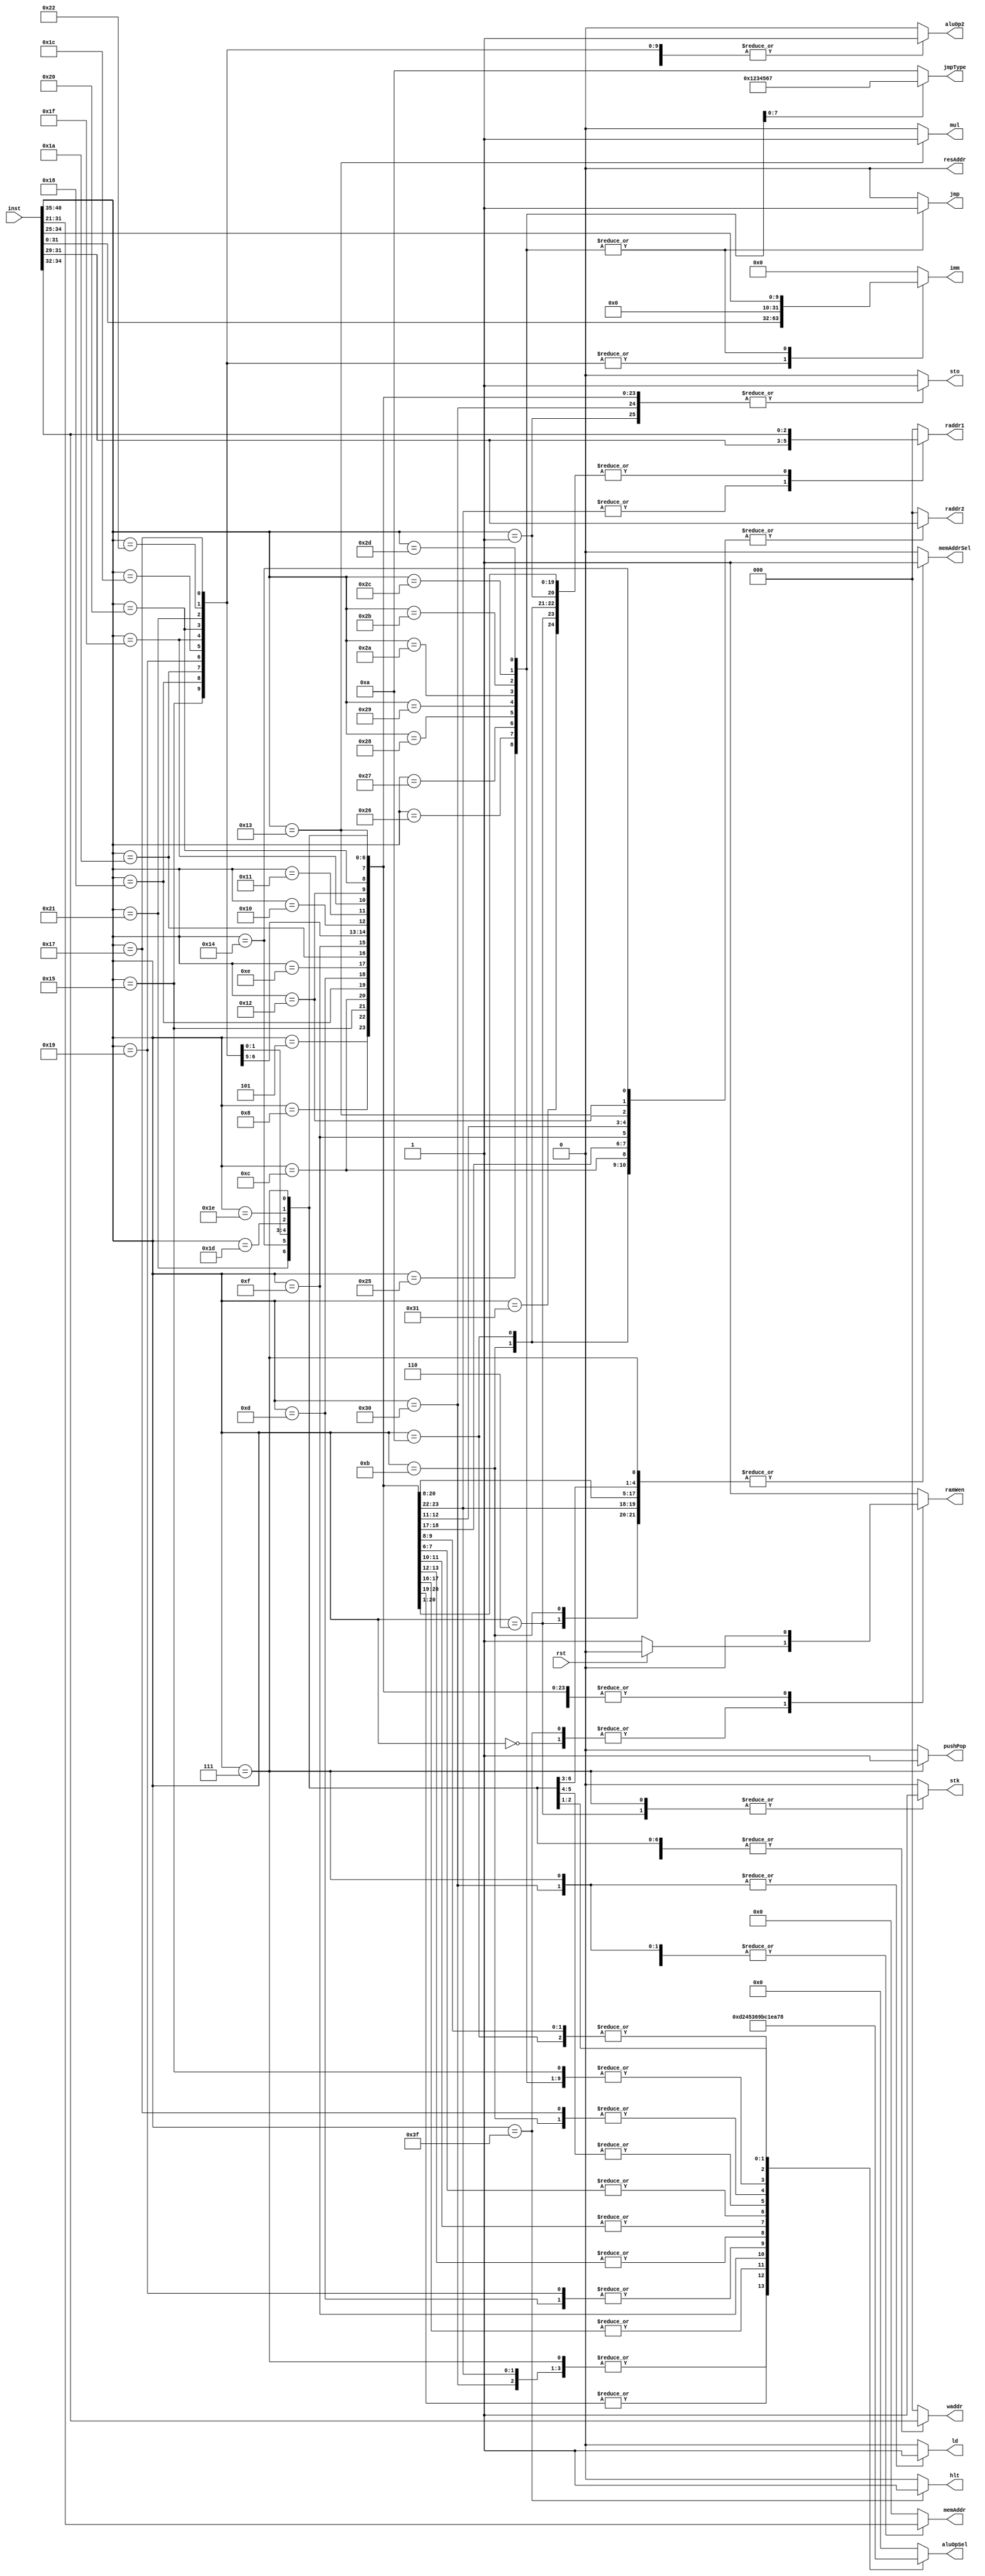
// Omar Tarek Amer
// Control Unit

module ctrl (
    input rst,
    input  [40:0] inst,
    output reg [2:0] waddr,
    output reg [2:0] raddr1,
    output reg [2:0] raddr2,
    output reg [3:0]  aluOpSel,
    output reg        aluOp2,
    output reg [31:0] imm,
    output reg memAddrSel,
    output reg [10:0] memAddr,
    output reg stk,
    output reg ramWen,
    output reg resAddr,
    output reg ld,
    output reg sto,
    output reg pushPop,
    output reg jmp,
    output reg [3:0] jmpType,
    output reg hlt,
    output reg mul
    );


// ALU Operations:
`define aluNOT    0
`define aluAND    1
`define aluOR     2
`define aluXOR    3
`define aluXNOR   4
`define aluNOR    5
`define aluNAND   6
`define aluSLL    7
`define aluSRL    8
`define aluADD    9
`define aluSUB   10
`define aluMUL   11
`define aluDIV   12
`define aluPASS  13
`define aluPASSB 14

// ALU Operands
`define DB  1'b0
`define IMM 1'b1


// DEFINETIONS

`define READ 0
`define WRITE 1

`define OPCODE      inst[40:35]
`define OP1         inst[34:32]
`define OP2         inst[31:29]
`define immFromInst inst[31:0]

// Opcodes

`define NOP  6'b000000
`define NOT  6'b000001
`define INC  6'b000010
`define DEC  6'b000011
`define IN   6'b000100
`define OUT  6'b000101
`define SLL  6'b011101
`define SRL  6'b011110


`define PUSH 6'b000110
`define POP  6'b000111


`define MOV   6'b001000
`define CMP   6'b001010
`define AND   6'b001011
`define OR    6'b001100
`define XOR   6'b001101
`define XNOR  6'b001110
`define NOR   6'b001111
`define NAND  6'b010000
`define ADD   6'b010001
`define SUB   6'b010010
`define MUL   6'b010011
`define DIV   6'b010100

`define MOVI  6'b010101
`define ORI   6'b011000
`define XORI  6'b011001
`define XNORI 6'b011010
`define NORI  6'b011011
`define NANDI 6'b011100
`define ADDI  6'b011111
`define SUBI  6'b100000
`define MULI  6'b100001
`define DIVI  6'b100010
`define ANDI  6'b010111


`define LD   6'b110000
`define ST   6'b110001

`define JMP  6'b100101
`define JZ   6'b100110
`define JNZ  6'b100111
`define JEQ  6'b101000
`define JNEQ 6'b101001
`define JG   6'b101010
`define JL   6'b101011
`define JGE  6'b101100
`define JLE  6'b101101


`define ZERO          0
`define NOTZERO       1
`define EQUAL         2
`define NOTEQUAL      3
`define GREATER       4
`define LESS          5
`define GREATEQUAL    6
`define LESSEQUAL     7
`define CARRY         8
`define NOTCARRY      9
`define UNCONDITIONAL 10

`define HLT 6'b111111

// LOGIC
always @(*) begin
        waddr = 0;
        raddr1 = 0;
        raddr2 = 0;
        aluOpSel = 0;
        aluOp2 = 0;
        imm = 0;
        sto = 0 ;
        memAddrSel = 0;
        memAddr = 11'b0;
        stk = 0;
        ramWen = 1;
        resAddr = 0;
        ld = 0;
        pushPop = 0;
        jmp = 0;
        jmpType = `UNCONDITIONAL;
        hlt = 0;
        mul = 0;
    if(rst) begin
        $display("RESETTING CTRL UNIT");
        waddr = 0;
        raddr1 = 0;
        raddr2 = 0;
        aluOpSel = 0;
        aluOp2 = 0;
        imm = 0;
        sto = 0 ;
        memAddrSel = 0;
        memAddr = 11'b0;
        stk = 0;
        ramWen = 0;
        resAddr = 0;
        ld = 0;
        pushPop = 0;
    end
    case (`OPCODE)
    `NOP: begin
        $display("NOP");
    end

    `HLT: begin
        $display("EXECUTION HALTED.");
        hlt = 1'b1;
    end

    `NOT: begin
        $display("NOT | SRC/DST: REG ", `OP1);
        waddr = `OP1;
        raddr1 = `OP1;
        aluOpSel = `aluNOT;
        sto = 1'b1;
        memAddrSel = 0;
        memAddr = 11'b0;
        stk = 0;
        ramWen = 0;
        resAddr = 0;
        ld = 0;
        pushPop = 0;
    end  

    `ST: begin
        $display("STORE REG ", `OP1, " AT RAM ADDRESS %h", inst[31:21]);
        waddr = 0;
        raddr1 = `OP1;
        raddr2 = 0;
        aluOpSel = `aluPASS;
        aluOp2 = 0;
        imm = 0;
        sto = 0 ;
        memAddrSel = 0;
        memAddr = inst[31:21];
        stk = 0;
        ramWen = 1'b1;
        resAddr = 0;
        ld = 0;
        pushPop = 0;
    end  

    `LD: begin
        $display("LOADING REG ", `OP1, " FROM RAM ADDRESS %h", inst[31:21]);
        waddr = `OP1;
        raddr1 = 0;
        raddr2 = 0;
        aluOpSel = `aluPASS;
        aluOp2 = 0;
        imm = 0;
        sto = 1;
        memAddrSel = 0;
        memAddr = inst[31:21];
        stk = 0;
        ramWen = 1'b1;
        resAddr = 0;
        ld = 1;
        pushPop = 0;
    end 


    `OUT: begin
        $display("OUT");
        waddr = `OP1;
        raddr1 =`OP2;
        raddr2 = 0;
        aluOpSel = `aluPASS;
        aluOp2 = 0;
        imm = 0;
        sto = 1;
        memAddrSel = 1'b1 ;
        memAddr = 11'b0;
        stk = 1'b0;
        ramWen = 1'b0;
        resAddr = 0;
        ld = 1'b0;
        pushPop = 0;
    end

    `PUSH: begin
        $display("PUSHING REG ", `OP1);
        waddr = 0;
        raddr1 = `OP1;
        raddr2 = 0;
        aluOpSel = `aluPASS;
        aluOp2 = 0;
        imm = 0;
        sto = 0 ;
        memAddrSel = 1'b1 ;
        memAddr = 11'b0;
        stk = 1'b1;
        ramWen = 1'b1;
        resAddr = 0;
        ld = 0;
        pushPop = 0;
    end    

    `POP: begin
        $display("POPPING INTO REG ", `OP1);
        stk = 1;
        ramWen = 1'b0;
        resAddr = 0;
        ld = 1;
        pushPop = 1;
        waddr = `OP1;
        raddr1 = 0;
        raddr2 = 0;
        aluOpSel = `aluPASS;
        aluOp2 = 0;
        imm = 0;
        sto = 1;
        memAddrSel = 1;
        memAddr = inst[31:21];
    end 

    `MOV: begin
        $display("MOVING FROM", `OP2, " TO ", `OP1);
        waddr = `OP1;
        raddr1 =`OP2;
        raddr2 = 0;
        aluOpSel = `aluPASS;
        aluOp2 = 0;
        imm = 0;
        sto = 1;
        memAddrSel = 1'b1 ;
        memAddr = 11'b0;
        stk = 1'b0;
        ramWen = 1'b0;
        resAddr = 0;
        ld = 1'b0;
        pushPop = 0;
    end 

    `MOVI: begin
        $display("MOVING IMM %h ", `immFromInst, " TO REG ", `OP1);
        waddr = `OP1;
        raddr1 =0;
        raddr2 = 0;
        aluOpSel = `aluPASSB;
        aluOp2 = `IMM;
        imm = `immFromInst;
        sto = 1;
        memAddrSel = 1'b0 ;
        memAddr = 11'b0;
        stk = 1'b0;
        ramWen = 1'b0;
        resAddr = 0;
        ld = 1'b0;
        pushPop = 0;
    end 

    `OR: begin
        $display("ORING SRC:", `OP2, " | DST: ", `OP1);
        waddr = `OP1;
        raddr1 =`OP1;
        raddr2 = `OP2;
        aluOpSel = `aluOR;
        aluOp2 = 0;
        imm = 0;
        sto = 1'b1;
        memAddrSel = 1'b1 ;
        memAddr = 11'b0;
        stk = 1'b0;
        ramWen = 1'b0;
        resAddr = 0;
        ld = 1'b0;
        pushPop = 0;
    end 

    `ORI: begin
        $display("ORING IMM %h ", `immFromInst, " TO REG ", `OP1);
        waddr = `OP1;
        raddr1 =`OP1;
        raddr2 = 0;
        aluOpSel = `aluOR;
        aluOp2 = `IMM;
        imm = `immFromInst;
        sto = 1;
        memAddrSel = 1'b1 ;
        memAddr = 11'b0;
        stk = 1'b0;
        ramWen = 1'b0;
        resAddr = 0;
        ld = 1'b0;
        pushPop = 0;
    end 

    `XOR: begin
        $display("XORING SRC:", `OP2, " | DST: ", `OP1);
        waddr = `OP1;
        raddr1 =`OP1;
        raddr2 = `OP2;
        aluOpSel = `aluXOR;
        aluOp2 = 0;
        imm = 0;
        sto = 1'b1;
        memAddrSel = 1'b1 ;
        memAddr = 11'b0;
        stk = 1'b0;
        ramWen = 1'b0;
        resAddr = 0;
        ld = 1'b0;
        pushPop = 0;
    end 


    `XNOR: begin
        $display("XNORING SRC:", `OP2, " | DST: ", `OP1);
        waddr = `OP1;
        raddr1 =`OP1;
        raddr2 = `OP2;
        aluOpSel = `aluXNOR;
        aluOp2 = 0;
        imm = 0;
        sto = 1'b1;
        memAddrSel = 1'b1 ;
        memAddr = 11'b0;
        stk = 1'b0;
        ramWen = 1'b0;
        resAddr = 0;
        ld = 1'b0;
        pushPop = 0;
    end 



    `XNORI: begin
        $display("XNORING IMM %h ", `immFromInst, " TO REG ", `OP1);
        waddr = `OP1;
        raddr1 =`OP1;
        raddr2 = 0;
        aluOpSel = `aluXNOR;
        aluOp2 = `IMM;
        imm = `immFromInst;
        sto = 1;
        memAddrSel = 1'b1 ;
        memAddr = 11'b0;
        stk = 1'b0;
        ramWen = 1'b0;
        resAddr = 0;
        ld = 1'b0;
        pushPop = 0;
    end 


    `NOR: begin
        $display("NORING SRC:", `OP2, " | DST: ", `OP1);
        waddr = `OP1;
        raddr1 =`OP1;
        raddr2 = `OP2;
        aluOpSel = `aluNOR;
        aluOp2 = 0;
        imm = 0;
        sto = 1'b1;
        memAddrSel = 1'b1 ;
        memAddr = 11'b0;
        stk = 1'b0;
        ramWen = 1'b0;
        resAddr = 0;
        ld = 1'b0;
        pushPop = 0;
    end 

    `XORI: begin
        $display("XORING IMM %h ", `immFromInst, " TO REG ", `OP1);
        waddr = `OP1;
        raddr1 =`OP1;
        raddr2 = 0;
        aluOpSel = `aluXOR;
        aluOp2 = `IMM;
        imm = `immFromInst;
        sto = 1;
        memAddrSel = 1'b1 ;
        memAddr = 11'b0;
        stk = 1'b0;
        ramWen = 1'b0;
        resAddr = 0;
        ld = 1'b0;
        pushPop = 0;
    end 

    `NANDI: begin
        $display("NANDING IMM %h ", `immFromInst, " TO REG ", `OP1);
        waddr = `OP1;
        raddr1 =`OP1;
        raddr2 = 0;
        aluOpSel = `aluNAND;
        aluOp2 = `IMM;
        imm = `immFromInst;
        sto = 1;
        memAddrSel = 1'b1 ;
        memAddr = 11'b0;
        stk = 1'b0;
        ramWen = 1'b0;
        resAddr = 0;
        ld = 1'b0;
        pushPop = 0;
    end 

    `NAND: begin
        $display("NANDING SRC:", `OP2, " | DST: ", `OP1);
        waddr = `OP1;
        raddr1 =`OP1;
        raddr2 = `OP2;
        aluOpSel = `aluNAND;
        aluOp2 = 0;
        imm = 0;
        sto = 1'b1;
        memAddrSel = 1'b1 ;
        memAddr = 11'b0;
        stk = 1'b0;
        ramWen = 1'b0;
        resAddr = 0;
        ld = 1'b0;
        pushPop = 0;
    end 

    `ADD: begin
        $display("ADDING SRC:", `OP2, " | DST: ", `OP1);
        waddr = `OP1;
        raddr1 =`OP1;
        raddr2 = `OP2;
        aluOpSel = `aluADD;
        aluOp2 = 0;
        imm = 0;
        sto = 1'b1;
        memAddrSel = 1'b1 ;
        memAddr = 11'b0;
        stk = 1'b0;
        ramWen = 1'b0;
        resAddr = 0;
        ld = 1'b0;
        pushPop = 0;
    end 

    `ADDI: begin
        $display("ADDING IMM %h ", `immFromInst, " TO REG ", `OP1);
        waddr = `OP1;
        raddr1 =`OP1;
        raddr2 = 0;
        aluOpSel = `aluADD;
        aluOp2 = `IMM;
        imm = `immFromInst;
        sto = 1;
        memAddrSel = 1'b1 ;
        memAddr = 11'b0;
        stk = 1'b0;
        ramWen = 1'b0;
        resAddr = 0;
        ld = 1'b0;
        pushPop = 0;
    end 

    `SUB: begin
        $display("SUBBING SRC:", `OP2, " | DST: ", `OP1);
        waddr = `OP1;
        raddr1 =`OP1;
        raddr2 = `OP2;
        aluOpSel = `aluSUB;
        aluOp2 = 0;
        imm = 0;
        sto = 1'b1;
        memAddrSel = 1'b1 ;
        memAddr = 11'b0;
        stk = 1'b0;
        ramWen = 1'b0;
        resAddr = 0;
        ld = 1'b0;
        pushPop = 0;
    end 

    `SUBI: begin
        $display("SUBBING IMM %h ", `immFromInst, " TO REG ", `OP1);
        waddr = `OP1;
        raddr1 =`OP1;
        raddr2 = 0;
        aluOpSel = `aluSUB;
        aluOp2 = `IMM;
        imm = `immFromInst;
        sto = 1;
        memAddrSel = 1'b1 ;
        memAddr = 11'b0;
        stk = 1'b0;
        ramWen = 1'b0;
        resAddr = 0;
        ld = 1'b0;
        pushPop = 0;
    end 

    `MUL: begin
        $display("MULTIPLYING REG:", `OP2, " | REG: ", `OP1," => RESULT IN DX:AX");
        mul = 1;
        waddr = 3'b000; // AX
        raddr1 =`OP1;
        raddr2 = `OP2;
        aluOpSel = `aluMUL;
        aluOp2 = `DB;
        imm = 0;
        sto = 1'b1;
        memAddr = 11'b0;
        stk = 1'b0;
        ramWen = 1'b0;
        resAddr = 0;
        ld = 1'b0;
        pushPop = 0;
    end 

    `MULI: begin
        $display("MULLING IMM %h ", `immFromInst, " TO REG ", `OP1);
        waddr = `OP1;
        raddr1 =`OP1;
        raddr2 = 0;
        aluOpSel = `aluMUL;
        aluOp2 = `IMM;
        imm = `immFromInst;
        sto = 1;
        memAddrSel = 1'b1 ;
        memAddr = 11'b0;
        stk = 1'b0;
        ramWen = 1'b0;
        resAddr = 0;
        ld = 1'b0;
        pushPop = 0;
    end 

    `DIV: begin
        $display("DIV SRC:", `OP2, " | DST: ", `OP1);
        waddr = `OP1;
        raddr1 =`OP1;
        raddr2 = `OP2;
        aluOpSel = `aluDIV;
        aluOp2 = 0;
        imm = 0;
        sto = 1'b1;
        memAddrSel = 1'b1 ;
        memAddr = 11'b0;
        stk = 1'b0;
        ramWen = 1'b0;
        resAddr = 0;
        ld = 1'b0;
        pushPop = 0;
    end 

    `DIVI: begin
        $display("DIV IMM %h ", `immFromInst, " TO REG ", `OP1);
        waddr = `OP1;
        raddr1 =`OP1;
        raddr2 = 0;
        aluOpSel = `aluDIV;
        aluOp2 = `IMM;
        imm = `immFromInst;
        sto = 1;
        memAddrSel = 1'b1 ;
        memAddr = 11'b0;
        stk = 1'b0;
        ramWen = 1'b0;
        resAddr = 0;
        ld = 1'b0;
        pushPop = 0;
    end 

    `AND: begin
        $display("ANDING SRC:", `OP2, " | DST: ", `OP1);
        waddr = `OP1;
        raddr1 =`OP1;
        raddr2 = `OP2;
        aluOpSel = `aluAND;
        aluOp2 = 0;
        imm = 0;
        sto = 0;
        memAddrSel = 1'b1 ;
        memAddr = 11'b0;
        stk = 1'b0;
        ramWen = 1'b0;
        resAddr = 0;
        ld = 1'b0;
        pushPop = 0;
    end 

    `ANDI: begin
        $display("ANDING IMM %h ", `immFromInst, " TO REG ", `OP1);
        waddr = `OP1;
        raddr1 =`OP1;
        raddr2 = 0;
        aluOpSel = `aluAND;
        aluOp2 = `IMM;
        imm = `immFromInst;
        sto = 1;
        memAddrSel = 1'b1 ;
        memAddr = 11'b0;
        stk = 1'b0;
        ramWen = 1'b0;
        resAddr = 0;
        ld = 1'b0;
        pushPop = 0;
    end 

    `JMP: begin
        $display("Jumping to instruction NO#. %h ", inst[34:25] );
        waddr = 0;
        raddr1 =0;
        raddr2 = 0;
        aluOpSel = `aluPASSB;
        aluOp2 = `IMM;
        imm = inst[34:25];
        sto = 0;
        memAddrSel = 1'b0 ;
        memAddr = 11'b0;
        stk = 1'b0;
        ramWen = 1'b0;
        resAddr = 0;
        ld = 1'b0;
        pushPop = 0;
        jmp = 1'b1;
        jmpType = `UNCONDITIONAL;
    end

    `JZ: begin
        $display("Jumping to instruction NO#. %h [ZERO] ", inst[34:25] );
        waddr = 0;
        raddr1 =0;
        raddr2 = 0;
        aluOpSel = `aluPASSB;
        aluOp2 = `IMM;
        imm = inst[34:25];
        sto = 0;
        memAddrSel = 1'b0 ;
        memAddr = 11'b0;
        stk = 1'b0;
        ramWen = 1'b0;
        resAddr = 0;
        ld = 1'b0;
        pushPop = 0;
        jmp = 1'b1;
        jmpType = `ZERO;
        end

    `JNZ: begin
        $display("Jumping to instruction NO#. %h [NOT ZERO] ", inst[34:25] );
        waddr = 0;
        raddr1 =0;
        raddr2 = 0;
        aluOpSel = `aluPASSB;
        aluOp2 = `IMM;
        imm = inst[34:25];
        sto = 0;
        memAddrSel = 1'b0 ;
        memAddr = 11'b0;
        stk = 1'b0;
        ramWen = 1'b0;
        resAddr = 0;
        ld = 1'b0;
        pushPop = 0;
        jmp = 1'b1;
        jmpType = `NOTZERO;
    end

    `JEQ: begin
        $display("Jumping to instruction NO#. %h [EQUAL] ", inst[34:25] );
        waddr = 0;
        raddr1 =0;
        raddr2 = 0;
        aluOpSel = `aluPASSB;
        aluOp2 = `IMM;
        imm = inst[34:25];
        sto = 0;
        memAddrSel = 1'b0 ;
        memAddr = 11'b0;
        stk = 1'b0;
        ramWen = 1'b0;
        resAddr = 0;
        ld = 1'b0;
        pushPop = 0;
        jmp = 1'b1;
        jmpType = `EQUAL;
    end

    `JNEQ: begin
        $display("Jumping to instruction NO#. %h [NOT EQUAL] ", inst[34:25] );
        waddr = 0;
        raddr1 =0;
        raddr2 = 0;
        aluOpSel = `aluPASSB;
        aluOp2 = `IMM;
        imm = inst[34:25];
        sto = 0;
        memAddrSel = 1'b0 ;
        memAddr = 11'b0;
        stk = 1'b0;
        ramWen = 1'b0;
        resAddr = 0;
        ld = 1'b0;
        pushPop = 0;
        jmp = 1'b1;
        jmpType = `NOTEQUAL;
    end

    `JG: begin
        $display("Jumping to instruction NO#. %h [GREATER] ", inst[34:25] );
        waddr = 0;
        raddr1 =0;
        raddr2 = 0;
        aluOpSel = `aluPASSB;
        aluOp2 = `IMM;
        imm = inst[34:25];
        sto = 0;
        memAddrSel = 1'b0 ;
        memAddr = 11'b0;
        stk = 1'b0;
        ramWen = 1'b0;
        resAddr = 0;
        ld = 1'b0;
        pushPop = 0;
        jmp = 1'b1;
        jmpType = `GREATER;
    end


    `JL: begin
        $display("Jumping to instruction NO#. %h [LESS] ", inst[34:25] );
        waddr = 0;
        raddr1 =0;
        raddr2 = 0;
        aluOpSel = `aluPASSB;
        aluOp2 = `IMM;
        imm = inst[34:25];
        sto = 0;
        memAddrSel = 1'b0 ;
        memAddr = 11'b0;
        stk = 1'b0;
        ramWen = 1'b0;
        resAddr = 0;
        ld = 1'b0;
        pushPop = 0;
        jmp = 1'b1;
        jmpType = `LESS;
    end


    `JGE: begin
        $display("Jumping to instruction NO#. %h [GREAT EQUAL] ", inst[34:25] );
        waddr = 0;
        raddr1 =0;
        raddr2 = 0;
        aluOpSel = `aluPASSB;
        aluOp2 = `IMM;
        imm = inst[34:25];
        sto = 0;
        memAddrSel = 1'b0 ;
        memAddr = 11'b0;
        stk = 1'b0;
        ramWen = 1'b0;
        resAddr = 0;
        ld = 1'b0;
        pushPop = 0;
        jmp = 1'b1;
        jmpType = `GREATEQUAL;
    end

    `JLE: begin
        $display("Jumping to instruction NO#. %h [LESS EQUAL] ", inst[34:25] );
        waddr = 0;
        raddr1 =0;
        raddr2 = 0;
        aluOpSel = `aluPASSB;
        aluOp2 = `IMM;
        imm = inst[34:25];
        sto = 0;
        memAddrSel = 1'b0 ;
        memAddr = 11'b0;
        stk = 1'b0;
        ramWen = 1'b0;
        resAddr = 0;
        ld = 1'b0;
        pushPop = 0;
        jmp = 1'b1;
        jmpType = `LESSEQUAL;
    end

    `CMP: begin
        $display("Comparing REG %h with REG %h", `OP1, `OP2 );
        waddr = 0;
        raddr1 =`OP1;
        raddr2 = `OP2;
        aluOpSel = `aluSUB;
        aluOp2 = `DB;
        imm = 0;
        sto = 0;
        memAddrSel = 1'b0 ;
        memAddr = 11'b0;
        stk = 1'b0;
        ramWen = 1'b0;
        resAddr = 0;
        ld = 1'b0;
        pushPop = 0;
        jmp = 1'b0;
    end

    `SLL: begin
        $display("LEFT SHIFT REG %d", `OP1);
        waddr = `OP1;
        raddr1 =`OP1;
        raddr2 = 0;
        aluOpSel = `aluSLL;
        aluOp2 = 0;
        imm = 0;
        sto = 1;
        memAddrSel = 1'b0 ;
        memAddr = 11'b0;
        stk = 1'b0;
        ramWen = 1'b0;
        resAddr = 0;
        ld = 1'b0;
        pushPop = 0;
        jmp = 1'b0;
    end
    `SRL: begin
        $display("RIGHT SHIFT REG %d", `OP1);
        waddr = `OP1;
        raddr1 =`OP1;
        raddr2 = 0;
        aluOpSel = `aluSRL;
        aluOp2 = 0;
        imm = 0;
        sto = 1;
        memAddrSel = 1'b0 ;
        memAddr = 11'b0;
        stk = 1'b0;
        ramWen = 1'b0;
        resAddr = 0;
        ld = 1'b0;
        pushPop = 0;
        jmp = 1'b0;
    end      

    default: begin
        $display("CASE NOT FOUND, EXECUTING NOP | FOUND %b INSTEAD.", `OPCODE);
        waddr = 0;
        raddr1 = 0;
        raddr2 = 0;
        //rw = `READ;
        aluOpSel = 0;
        aluOp2 = 0;
        imm = 0;
        sto = 0 ;
        memAddrSel = 0;
        memAddr = 11'b0;
        stk = 0;
        ramWen = 1;
        resAddr = 0;
        ld = 0;
        pushPop = 0;
    end
endcase
end

    
endmodule